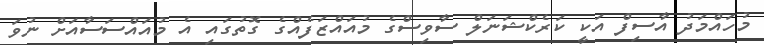
މުހައްމަދު އާސިފް އަކީ ކަރެކްޝަނަލް ސާވިސްގެ މުއައްޒަފެއްގެ ގޮތުގައި އެ މުއައްސަސާއަށް ނުވަ